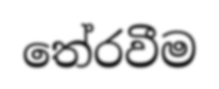
තේරවීම